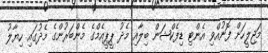
މަޖިލީހަށް ފޮނުއްވި އެންޓި ޑިފެކްޝަން ބިލާއި މެދު ޕީޕީއެމްގެ މެންބަރުންގެ މެދުގައި ހިޔާލު